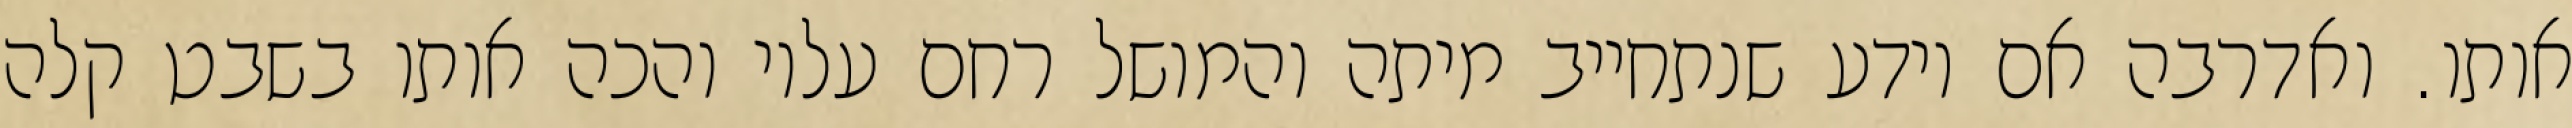
אותו. ואדרבה אם יודע שנתחייב מיתה והמושל רחם עליו והכה אותו בשבט קלה